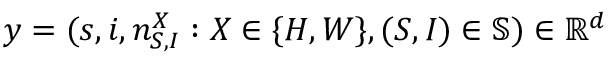
y = ( s , i , n _ { S , I } ^ { X } : X \in \{ H , W \} , ( S , I ) \in \mathbb { S } ) \in \mathbb { R } ^ { d }